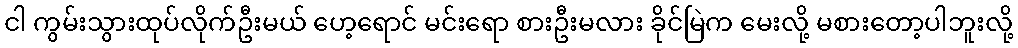
ငါ ကွမ်းသွားထုပ်လိုက်ဦးမယ် ဟေ့ရောင် မင်းရော စားဦးမလား ခိုင်မြဲက မေးလို့ မစားတော့ပါဘူးလို့